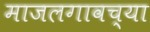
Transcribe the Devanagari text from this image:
माजलगावच्या